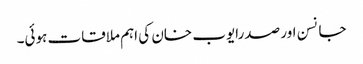
جانسن اور صدرایوب خان کی اہم ملاقات ہوئی۔